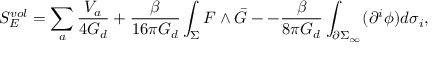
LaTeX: S _ { E } ^ { v o l } = \sum _ { a } \frac { V _ { a } } { 4 G _ { d } } + \frac { \beta } { 1 6 \pi G _ { d } } \int _ { \Sigma } F \wedge \bar { G } - - \frac { \beta } { 8 \pi G _ { d } } \int _ { \partial \Sigma _ { \infty } } ( \partial ^ { i } \phi ) d \sigma _ { i } ,